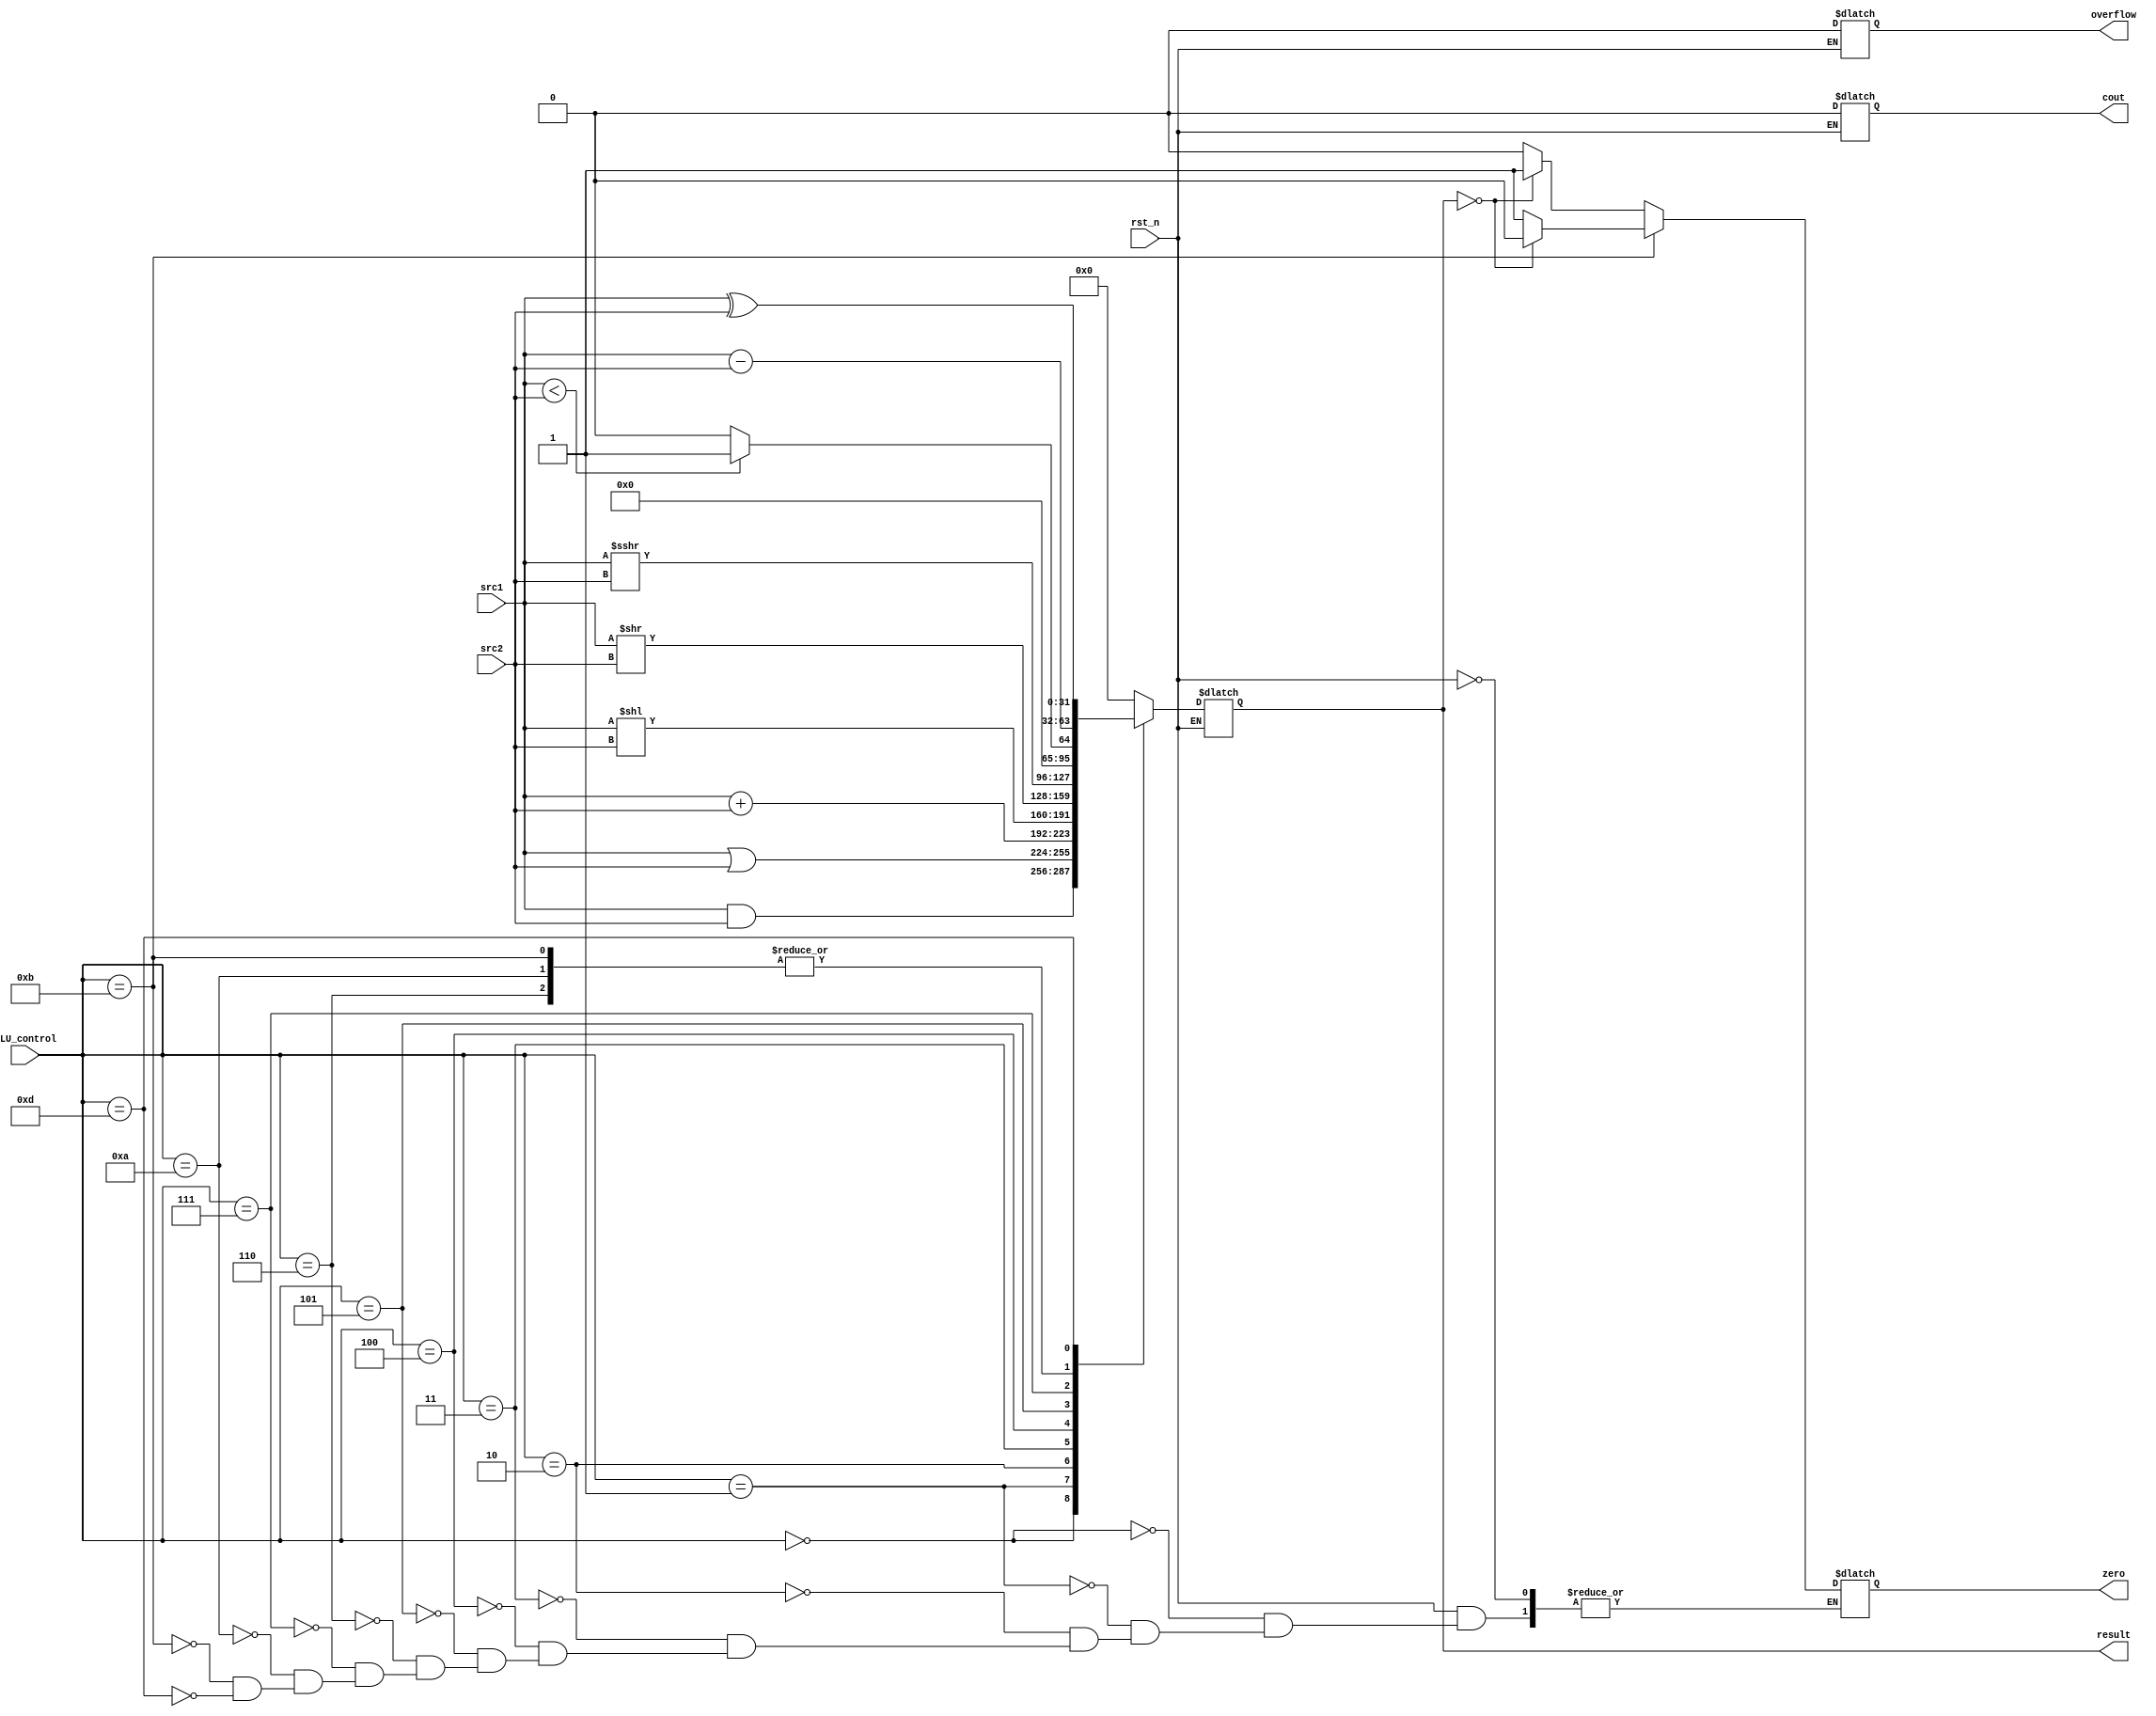
/***************************************************
Student Name: 
Student ID: 0712245
***************************************************/
`timescale 1ns/1ps

module alu(
	input                   rst_n,         // negative reset            (input)
	input	     [32-1:0]	src1,          // 32 bits source 1          (input)
	input	     [32-1:0]	src2,          // 32 bits source 2          (input)
	input 	     [ 4-1:0] 	ALU_control,   // 4 bits ALU control input  (input)
	output reg   [32-1:0]	result,        // 32 bits result            (output)
	output reg              zero,          // 1 bit when the output is 0, zero must be set (output)
	output reg              cout,          // 1 bit carry out           (output)
	output reg              overflow       // 1 bit overflow            (output)
	);


always @* 
   begin
      if (rst_n) begin          
	cout <= 1'b0;
	overflow <= 1'b0; 
	case(ALU_control)
		/* AND :0*/
		4'b0000: 
			begin 
				result <= src1 & src2;
				zero <= (result == 0)?1:0; 
			end
		/* OR :1*/	
		4'b0001: 
			begin 
				result <= src1 | src2; 
				zero <= (result == 0)?1:0;  
			end
		/* ADD :2*/
		4'b0010: 
			begin
				result <= src1 + src2;
				zero <= (result == 0)?1:0; 
			end
		/* SLL :3*/
		4'b0011: 
			begin
				result <= src1 << src2;
				zero <= (result == 0)?1:0; 
			end
		/* SRL :4*/
		4'b0100: 
			begin
				result <= src1 >> src2;
				zero <= (result == 0)?1:0; 
			end
		/* SRA :5*/
		4'b0101: 
			begin
				result <= src1 >>> src2;
				zero <= (result == 0)?1:0; 
			
			end
		/* SUB :6*/
		4'b0110: 
			begin
				result <= src1 - src2;
				zero <= (result == 0)?1:0; 	
			end
		/* SLT :7*/
		4'b0111: 
			begin
				result <= (src1 < src2)?1:0;
				zero <= (result == 0)?1:0; 	   
			end
		/* BEQ :10*/
		4'b1010: 
			begin
				result <= src1 - src2;
				zero <= (result == 0)?1:0; 
			end

		/* BNE :11*/
		4'b1011: 
			begin
				result <= src1 - src2;
				zero <= (result == 0)?0:1;
			
			end
		/* XOR :13*/
		4'b1101: 
			begin
				result <= src1 ^ src2;
				zero <= (result == 0)?1:0; 
			end
		default: result <= 32'd0; 

	endcase
      end 
   end

endmodule